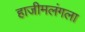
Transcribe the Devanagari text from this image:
हाजीमलंगला